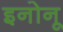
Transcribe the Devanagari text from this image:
इनोनू